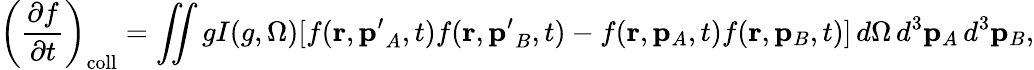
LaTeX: \left({\frac{\partial f}{\partial t}}\right)_{\mathrm{coll}}=\iint gI(g,\Omega)[f(\mathbf{r},\mathbf{p^{\prime}}_{A},t)f(\mathbf{r},\mathbf{p^{\prime}}_{B},t)-f(\mathbf{r},\mathbf{p}_{A},t)f(\mathbf{r},\mathbf{p}_{B},t)]\, d\Omega\, d^{3}\mathbf{p}_{A}\, d^{3}\mathbf{p}_{B},